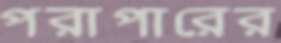
পরাপারের